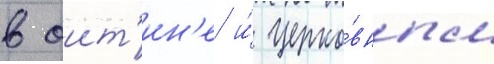
в оит'ин'е и́ церко́вным